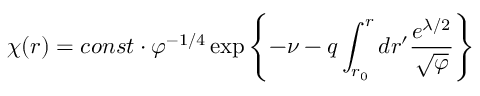
\chi ( r ) = c o n s t \cdot \varphi ^ { - 1 / 4 } \exp \left\{ - \nu - q \int _ { r _ { 0 } } ^ { r } d r ^ { \prime } \frac { e ^ { \lambda / 2 } } { \sqrt { \varphi } } \right\}